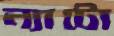
ন্যাটো